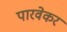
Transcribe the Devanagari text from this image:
पारवेकर